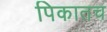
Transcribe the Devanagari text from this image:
पिकातच